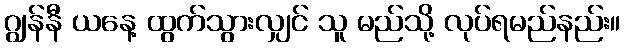
ဂျွန်နီ ယနေ့ ထွက်သွားလျှင် သူ မည်သို့ လုပ်ရမည်နည်း။